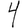
Digit: 4